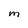
Character: M